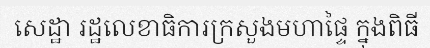
សេដ្ឋា រដ្ឋលេខាធិការក្រសួងមហាផ្ទៃ ក្នុងពិធី